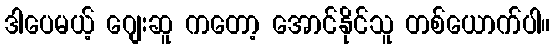
ဒါပေမယ့် ဂျေးဆူ ကတော့ အောင်နိုင်သူ တစ်ယောက်ပါ။